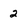
Character: 2